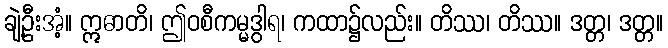
ချဲ့ဦးအံ့။ ဣဓာတိ၊ ဤဝစီကမ္မဒွါရ၊ ကထာ၌လည်း။ တိဿ၊ တိဿ။ ဒတ္တ၊ ဒတ္တ။